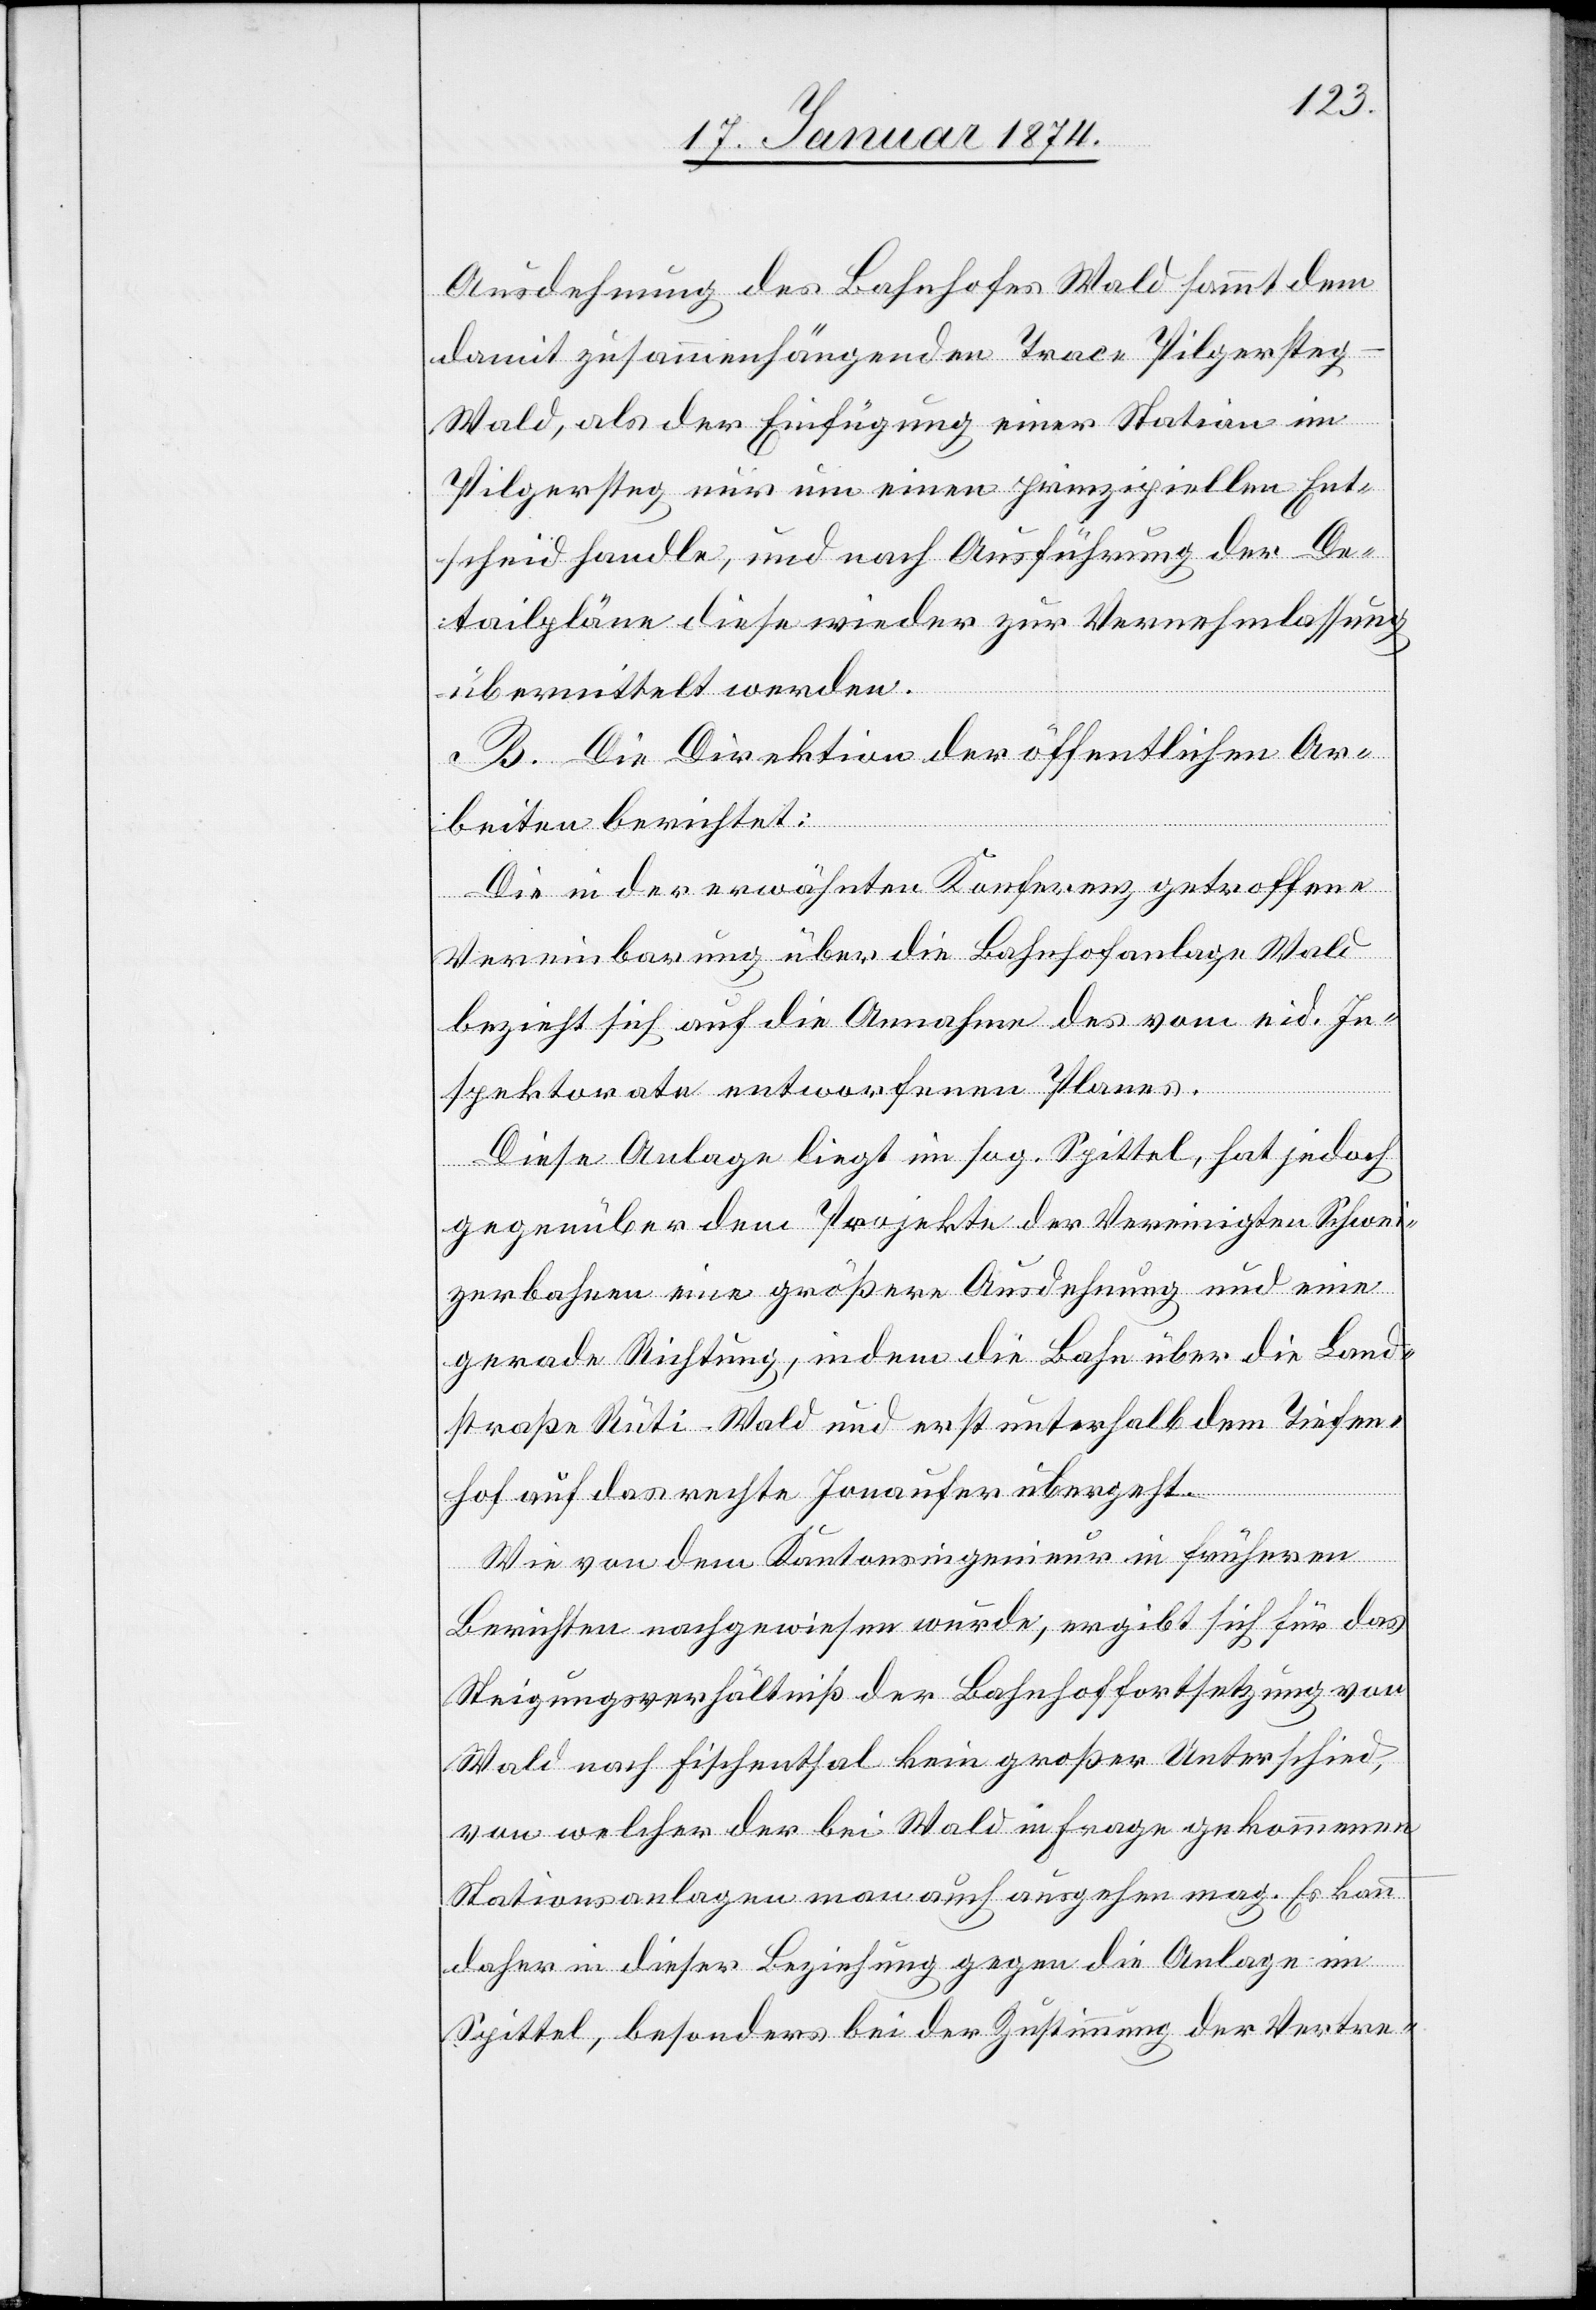
Ausdehnung des Bahnhofes Wald sammt dem
damit zusammenhängenden Trace Pilgerste¬
g–Wald, als der Einfügung einer Station im
Pilgersteg nur um einen prinzipiellen Ent¬
scheid handle, und nach Ausführung der De¬
tailpläne diese wieder zur Vernehmlassung
übermittelt werden.
B. Die Direktion der öffentlichen Ar¬
beiten berichtet:
Die in der erwähnten Konferenz getroffene
Vereinbarung über die Bahnhofanlage Wald
bezieht sich auf die Annahme des vom eid. In¬
spektorate entworfenen Planes.
Diese Anlage liegt im sog. Spittel, hat jedoch
gegenüber dem Projekte der Vereinigten Schwei¬
zerbahnen eine größere Ausdehnung und eine
gerade Richtung, indem die Bahn über die Land¬
straße Rüti–Wald und erst unterhalb dem Tiefen¬
hof auf das rechte Jonaufer übergeht.
Wie von dem Kantonsingenieur in früheren
Berichten nachgewiesen wurde, ergibt sich für das
Steigungsverhältniß der Bahnhoffortsetzung von
Wald nach Fischenthal kein großer Unterschied,
von welcher der bei Wald in Frage gekommenen
Stationsanlagen man auch ausgehen mag. Es kann
daher in dieser Beziehung gegen die Anlage im
Spittel, besonders bei der Zustimmung der Vertre-